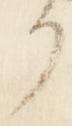
了